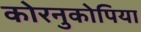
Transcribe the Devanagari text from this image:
कोरनुकोपिया